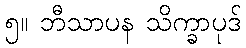
၅။ ဘီသာပန သိက္ခာပုဒ်